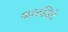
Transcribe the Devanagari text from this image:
काळविटे